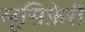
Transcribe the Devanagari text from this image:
लूसिफ़ेरी